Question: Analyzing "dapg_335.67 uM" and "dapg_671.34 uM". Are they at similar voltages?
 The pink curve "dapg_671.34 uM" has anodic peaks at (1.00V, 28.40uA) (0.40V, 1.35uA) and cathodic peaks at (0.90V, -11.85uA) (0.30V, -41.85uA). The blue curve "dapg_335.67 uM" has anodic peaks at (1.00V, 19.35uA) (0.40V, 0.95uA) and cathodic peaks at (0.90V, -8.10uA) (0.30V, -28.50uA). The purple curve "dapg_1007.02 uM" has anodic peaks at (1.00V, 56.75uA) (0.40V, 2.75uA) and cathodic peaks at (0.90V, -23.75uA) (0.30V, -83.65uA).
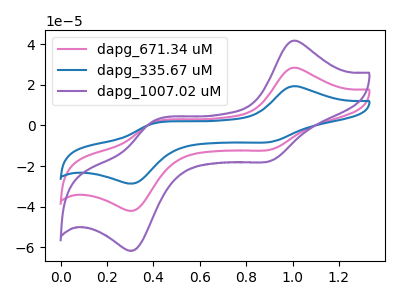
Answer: <think>All the peaks in "dapg_335.67 uM" have a peak in "dapg_671.34 uM" at the same potential. Every peak in "dapg_335.67 uM" is lower than every peak in "dapg_671.34 uM".
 </think>
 <answer>"dapg_335.67 uM" and "dapg_671.34 uM" are similar in shape.</answer>
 <eval>same_shape</eval>